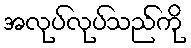
အလုပ်လုပ်သည်ကို